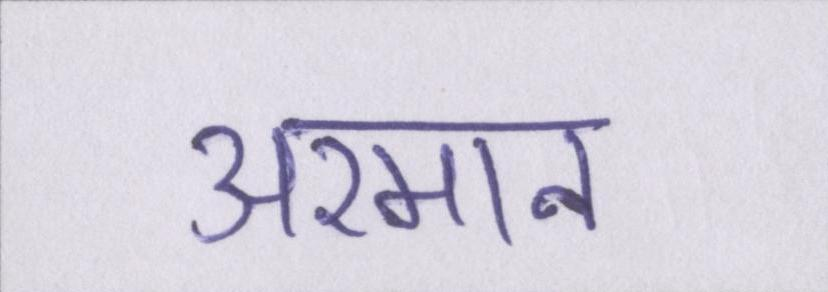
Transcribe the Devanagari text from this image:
अरमान